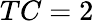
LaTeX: TC=2